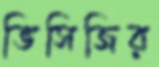
ভিসিজির